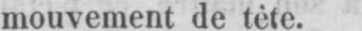
mouvement de téte.